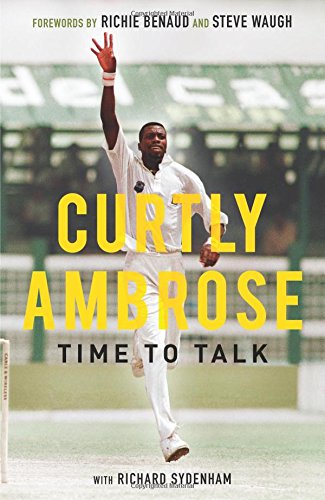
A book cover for Curtly Ambrose: Time to Talk; Curtly Ambrose; Sports & Outdoors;